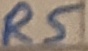
Text: R5